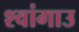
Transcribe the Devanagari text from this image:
श्वांगाउ